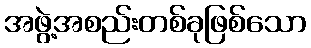
အဖွဲ့အစည်းတစ်ခုဖြစ်သော